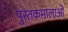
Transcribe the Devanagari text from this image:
पुस्तकमालाओं